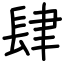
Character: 肆